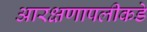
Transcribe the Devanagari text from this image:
आरक्षणापलीकडे